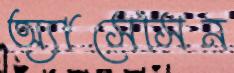
অ্যাসেসিন